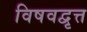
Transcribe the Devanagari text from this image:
विषवद्वृत्त